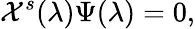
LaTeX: {\cal X}^{s}(\lambda)\Psi(\lambda)=0,